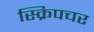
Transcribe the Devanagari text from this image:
स्क्रिपचर